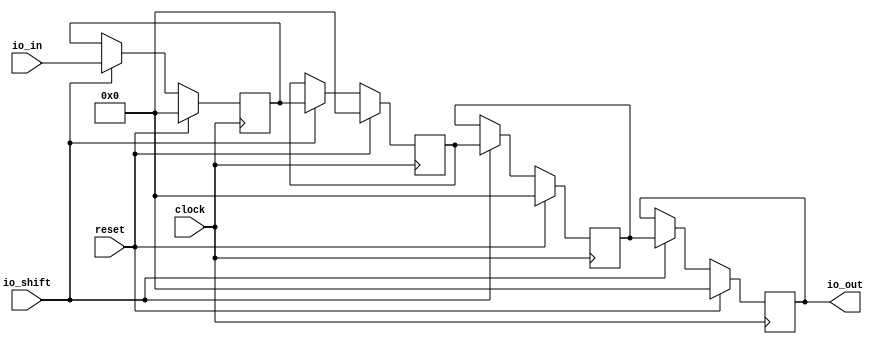
module ResetShiftRegister(
  input        clock,
  input        reset,
  input  [3:0] io_in,
  input        io_shift,
  output [3:0] io_out
);
`ifdef RANDOMIZE_REG_INIT
  reg [31:0] _RAND_0;
  reg [31:0] _RAND_1;
  reg [31:0] _RAND_2;
  reg [31:0] _RAND_3;
`endif // RANDOMIZE_REG_INIT
  reg [3:0] r0; // @[ResetShiftRegister.scala 13:19]
  reg [3:0] r1; // @[ResetShiftRegister.scala 14:19]
  reg [3:0] r2; // @[ResetShiftRegister.scala 15:19]
  reg [3:0] r3; // @[ResetShiftRegister.scala 16:19]
  assign io_out = r3; // @[ResetShiftRegister.scala 23:10]
`ifdef RANDOMIZE_GARBAGE_ASSIGN
`define RANDOMIZE
`endif
`ifdef RANDOMIZE_INVALID_ASSIGN
`define RANDOMIZE
`endif
`ifdef RANDOMIZE_REG_INIT
`define RANDOMIZE
`endif
`ifdef RANDOMIZE_MEM_INIT
`define RANDOMIZE
`endif
`ifndef RANDOM
`define RANDOM $random
`endif
`ifdef RANDOMIZE_MEM_INIT
  integer initvar;
`endif
`ifndef SYNTHESIS
`ifdef FIRRTL_BEFORE_INITIAL
`FIRRTL_BEFORE_INITIAL
`endif
initial begin
  `ifdef RANDOMIZE
    `ifdef INIT_RANDOM
      `INIT_RANDOM
    `endif
    `ifndef VERILATOR
      `ifdef RANDOMIZE_DELAY
        #`RANDOMIZE_DELAY begin end
      `else
        #0.002 begin end
      `endif
    `endif
`ifdef RANDOMIZE_REG_INIT
  _RAND_0 = {1{`RANDOM}};
  r0 = _RAND_0[3:0];
  _RAND_1 = {1{`RANDOM}};
  r1 = _RAND_1[3:0];
  _RAND_2 = {1{`RANDOM}};
  r2 = _RAND_2[3:0];
  _RAND_3 = {1{`RANDOM}};
  r3 = _RAND_3[3:0];
`endif // RANDOMIZE_REG_INIT
  `endif // RANDOMIZE
end // initial
`ifdef FIRRTL_AFTER_INITIAL
`FIRRTL_AFTER_INITIAL
`endif
`endif // SYNTHESIS
  always @(posedge clock) begin
    if (reset) begin
      r0 <= 4'h0;
    end else if (io_shift) begin
      r0 <= io_in;
    end
    if (reset) begin
      r1 <= 4'h0;
    end else if (io_shift) begin
      r1 <= r0;
    end
    if (reset) begin
      r2 <= 4'h0;
    end else if (io_shift) begin
      r2 <= r1;
    end
    if (reset) begin
      r3 <= 4'h0;
    end else if (io_shift) begin
      r3 <= r2;
    end
  end
endmodule